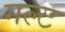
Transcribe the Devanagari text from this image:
गल्ट